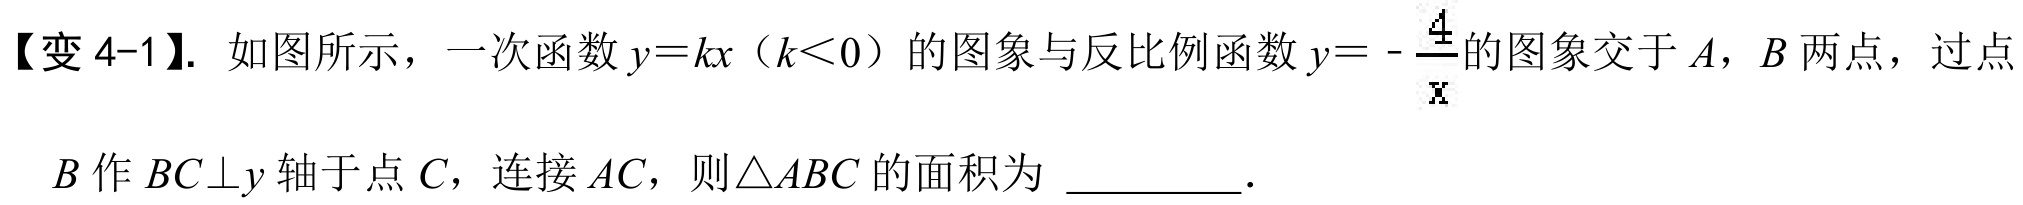
【变4-1】. 如图所示，一次函数$y = kx（k<0）$的图象与反比例函数$y =-\frac{4}{x}$的图象交于$A$，$B$两点，过点
$B$作$BC\perp y$轴于点$C$，连接$AC$，则$\triangle ABC$的面积为 \_\_\_\_\_ ．